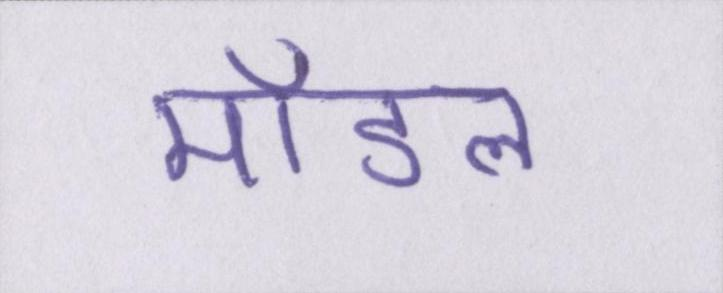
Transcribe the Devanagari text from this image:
मॉडल